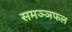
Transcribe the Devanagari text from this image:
समञ्ञफल